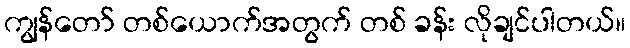
ကျွန်တော် တစ်ယောက်အတွက် တစ် ခန်း လိုချင်ပါတယ်။